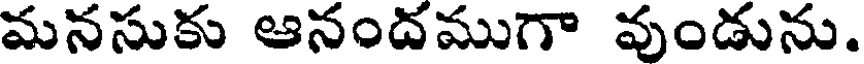
మనసుకు ఆనందముగా వుండును.